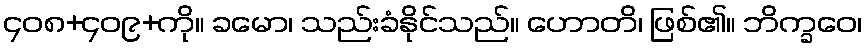
၄၀၈+၄၀၉+ကို။ ခမော၊ သည်းခံနိုင်သည်။ ဟောတိ၊ ဖြစ်၏။ ဘိက္ခဝေ၊